Report of the Hyderabad Chloroform Commission
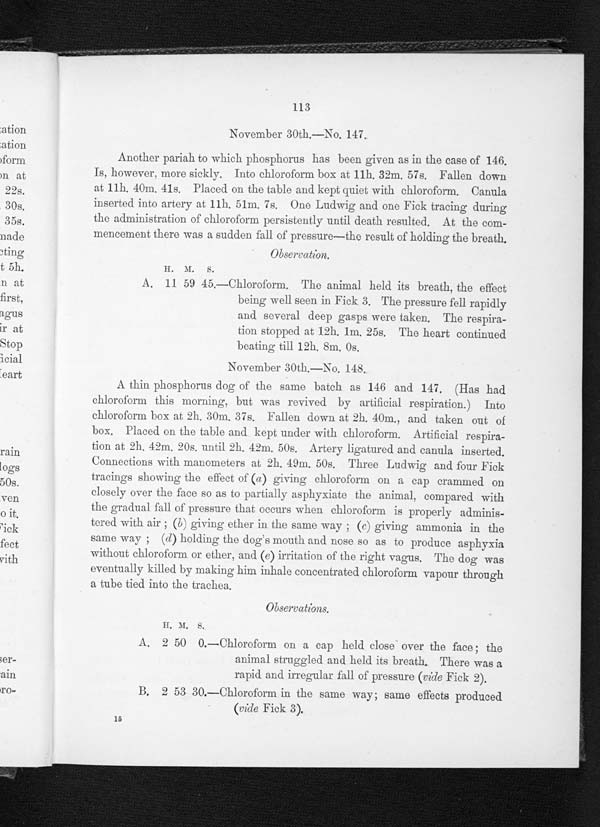
113
November 30th.—No. 147.
Another pariah to which phosphorus has been given as in the case of 146.
Is, however, more sickly. Into chloroform box at 11h. 32m. 57s. Fallen down
a t 1 1 h . 4 0 m . 4 1 s . P l a c e d o n t h e t a b l e a n d k e p t q u i e t w i t h c h l o r o f o r m . C a n u l a
inserted into artery at 11h. 51m. 7s. One Ludwig and one Fick tracing during
the administration of chloroform persistently until death resulted. At the com-
mencement there was a sudden fall of pressure—the result of holding the breath.
Observation.
H . M . S .
A. 11 59 45.—Chloroform. The animal held its breath, the effect
being well seen in Fick 3. The pressure fell rapidly
and several deep gasps were taken. The respira-
tion stopped at 12h. lm. 25s. The heart continued
beating till 12h. 8m. 0s.
November 30th.—No. 148,
A thin phosphorus dog of the same batch as 146 and 147. (Has had
chloroform this morning, but was revived by artificial respiration.) Into
chloroform box at 2h. 30m. 37s. Fallen clown at 2h. 40m., and taken out of
box. Placed on the table and kept under with chloroform. Artificial respira-
t i on a t 2h. 42m. 20s . unt i l 2h. 42m. 50s . Ar t e r y l i ga t ur e d a nd c a n u l a i n s e r t e d .
Connections with manometers at 2h.49m. 50s Thr
ee Ludwig and Four Fick tracings showing the effect of (a) giving chloroform on a cap crammed on
closely over the face so as to partially asphyxiate the animal, compared with
the gradual fall of pressure that occurs when chloroform is properly adminis-
tered with air ( b) giving ether in the same way; (c) giving ammonia in the
same way; (d) holding the dog's mouth and nose so as to produce asphyxia
without chloroform or ether, and (e) irritation of' the right vagus. The dog was
eventually killed by making him inhale concentrated chloroform vapour through
a tube tied into the trachea.
Observations
H . M .
S .
A. 2 50 0.—Chloroform on a cap held close over the face; the
animal struggled and held its breath. There was a
rapid and irregular fall of pressure (vide Fick 2).
B. 2 53 30.—Chloroform in the same way; same effects produced
(vide Fick 3).
1 5